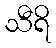
သီရိ